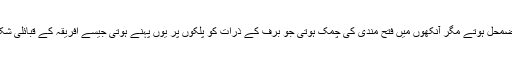
جو چند کوہ پیما واپس لوٹتے ان کی جلد مجروح اور اعضاء مضمحل ہوتے مگر آنکھوں میں فتح مندی کی چمک ہوتی جو برف کے ذرات کو پلکوں پر یوں پہنے ہوتی جیسے افریقہ کے قبائلی شکاری اپنے شکار کیے ہوئے شیر کا دانت گلے میں پہنتے ہیں۔